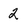
Character: 2